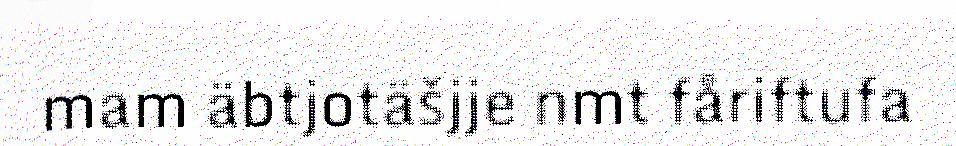
mam äbtjotäšjje nmt fåriftufa